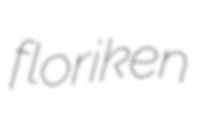
floriken